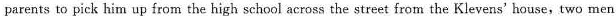
parents to pick him up from the high school across the street from the Klevens' house, two men